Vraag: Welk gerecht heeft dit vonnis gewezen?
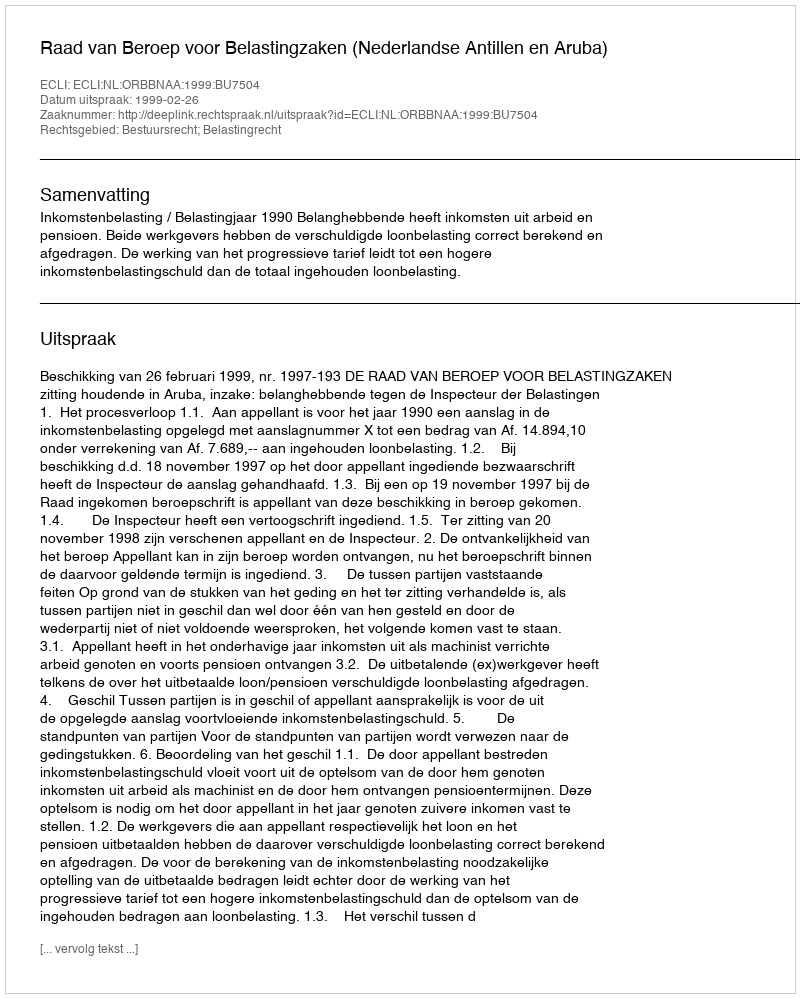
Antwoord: Raad van Beroep voor Belastingzaken (Nederlandse Antillen en Aruba)